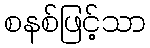
စနစ်ဖြင့်သာ